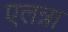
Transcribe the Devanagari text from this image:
एलन्ना